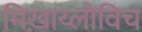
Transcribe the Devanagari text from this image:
मिख़ाय्लोविच